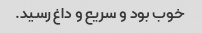
خوب بود و سریع و داغ رسید.